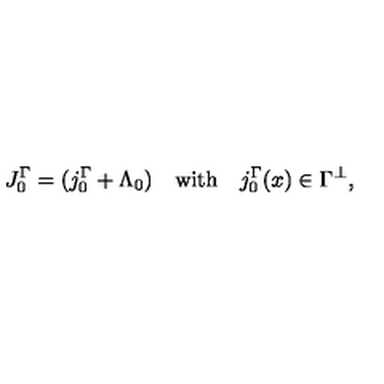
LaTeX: J _ { 0 } ^ { \Gamma } = ( j _ { 0 } ^ { \Gamma } + \Lambda _ { 0 } ) \quad \mathrm { w i t h } \quad j _ { 0 } ^ { \Gamma } ( x ) \in \Gamma ^ { \perp } ,